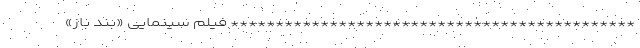
********************************************* فیلم سینمایی «بند باز»